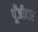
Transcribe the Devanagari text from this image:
पूँजीदार